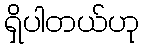
ရှိပါတယ်ဟု